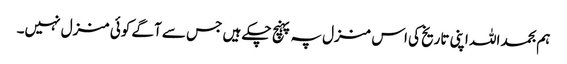
ہم بحمد اللہ اپنی تاریخ کی اس منزل پہ پہنچ چکے ہیں جس سے آگے کوئی منزل نہیں۔